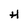
Character: H